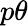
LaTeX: p\theta